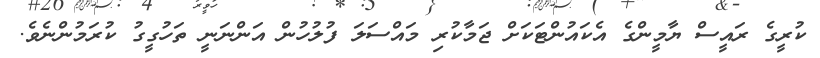
ކުރީގެ ރައީސް ޔާމީންގެ އެކައުންޓަކަށް ޖަމާކުރި މައްސަލަ ފުލުހުން އަންނަނީ ތަހުގީގު ކުރަމުންނެވެ.